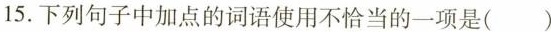
15.下列句子中加点的词语使用不恰当的一项是()